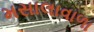
મસાલાવાળા